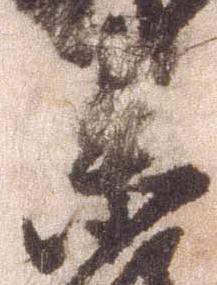
未